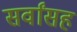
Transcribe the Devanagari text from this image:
सर्वांसह